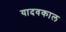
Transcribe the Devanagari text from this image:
यादवकाल